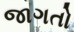
જાગતો